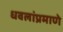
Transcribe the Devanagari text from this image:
धवलांप्रमाणे